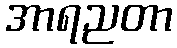
အာရညတာ